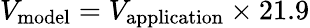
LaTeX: V_{\mathrm{model}}=V_{\mathrm{application}}\times 21.9